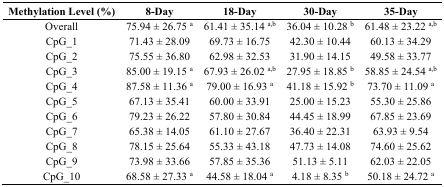
<table><thead><tr><td><b>Methylation Level (%)</b></td><td><b>8-Day</b></td><td><b>18-Day</b></td><td><b>30-Day</b></td><td><b>35-Day</b></td></tr></thead><tbody><tr><td>Overall</td><td>75.94 ± 26.75 <sup>a</sup></td><td>61.41 ± 35.14 <sup>a</sup><sup>,</sup><sup>b</sup></td><td>36.04 ± 10.28 <sup>b</sup></td><td>61.48 ± 23.22 <sup>a</sup><sup>,</sup><sup>b</sup></td></tr><tr><td>CpG_1</td><td>71.43 ± 28.09</td><td>69.73 ± 16.75</td><td>42.30 ± 10.44</td><td>60.13 ± 34.29</td></tr><tr><td>CpG_2</td><td>75.55 ± 36.80</td><td>62.98 ± 32.53</td><td>31.90 ± 14.15</td><td>49.58 ± 33.77</td></tr><tr><td>CpG_3</td><td>85.00 ± 19.15 <sup>a</sup></td><td>67.93 ± 26.02 <sup>a</sup><sup>,</sup><sup>b</sup></td><td>27.95 ± 18.85 <sup>b</sup></td><td>58.85 ± 24.54 <sup>a</sup><sup>,</sup><sup>b</sup></td></tr><tr><td>CpG_4</td><td>87.58 ± 11.36 <sup>a</sup></td><td>79.00 ± 16.93 <sup>a</sup></td><td>41.18 ± 15.92 <sup>b</sup></td><td>73.70 ± 11.09 <sup>a</sup></td></tr><tr><td>CpG_5</td><td>67.13 ± 35.41</td><td>60.00 ± 33.91</td><td>25.00 ± 15.23</td><td>55.30 ± 25.86</td></tr><tr><td>CpG_6</td><td>79.23 ± 26.22</td><td>57.80 ± 30.84</td><td>44.45 ± 18.99</td><td>67.85 ± 23.69</td></tr><tr><td>CpG_7</td><td>65.38 ± 14.05</td><td>61.10 ± 27.67</td><td>36.40 ± 22.31</td><td>63.93 ± 9.54</td></tr><tr><td>CpG_8</td><td>78.15 ± 25.64</td><td>55.33 ± 43.18</td><td>47.73 ± 14.08</td><td>74.60 ± 25.62</td></tr><tr><td>CpG_9</td><td>73.98 ± 33.66</td><td>57.85 ± 35.36</td><td>51.13 ± 5.11</td><td>62.03 ± 22.05</td></tr><tr><td>CpG_10</td><td>68.58 ± 27.33 <sup>a</sup></td><td>44.58 ± 18.04 <sup>a</sup></td><td>4.18 ± 8.35 <sup>b</sup></td><td>50.18 ± 24.72 <sup>a</sup></td></tr></tbody></table>